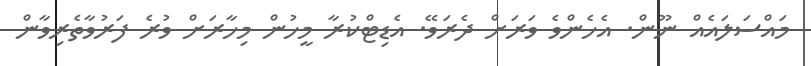
މައްސަލައެއް ނޫން. އެހެންވެ ވަރަށް ދެރަވޭ. އެޑިޓްކުރާ މީހުން މިހާރަށް ވުރެ ފަރުވާތެރިވާން